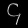
Digit: ၄